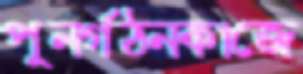
পুনর্গঠনকাজে